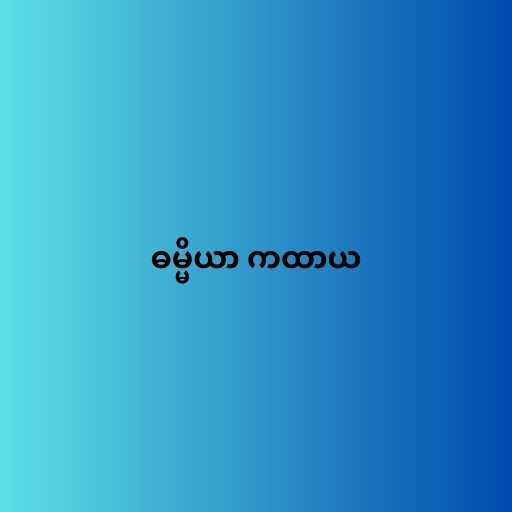
ဓမ္မိယာ ကထာယ